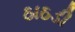
ઠાઠડી